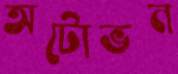
অটোভন